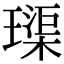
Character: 璖